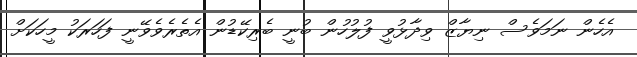
އެހެން ނަމަވެސް ނިޔާޒް ވިދާޅުވީ ފުލުހުން ބުނީ ބެރިކޭޑުން އެތެރެވެވޭނީ ފަހަރަކު މީހަކަށް